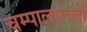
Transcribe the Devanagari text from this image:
चम्पालालजी